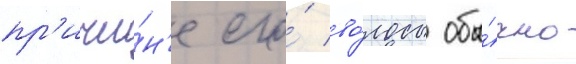
пр'ичи́н'е его́ во́лосы обы́чно